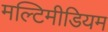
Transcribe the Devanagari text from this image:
मल्टिमीडियम